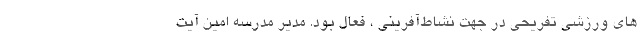
های ورزشی تفریحی در جهت نشاط‌آفرینی ، فعال بود. مدیر مدرسه امین آیت